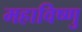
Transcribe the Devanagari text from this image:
महाविष्‍णु